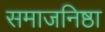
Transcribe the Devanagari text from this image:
समाजनिष्ठा